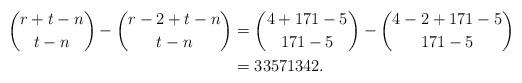
LaTeX: \begin{align*} \binom{r+t-n}{t-n}-\binom{r-2+t-n}{t-n} & = \binom{4+171-5}{171-5}-\binom{4-2+171-5}{171-5}\\ &=33571342. \end{align*}